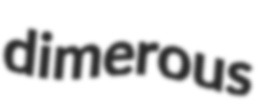
dimerous